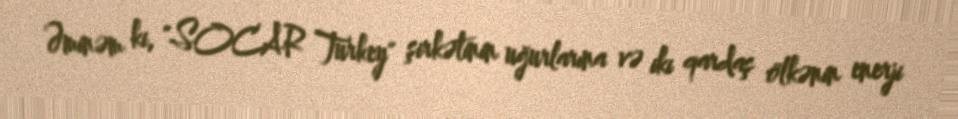
Əminəm ki, "SOCAR Turkey" şirkətinin uğurlarına və iki qardaş ölkənin enerji